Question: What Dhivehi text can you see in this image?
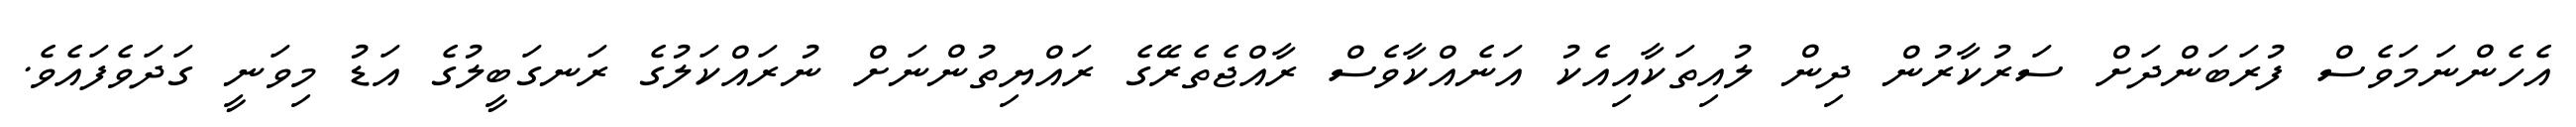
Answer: އެހެންނަމަވެސް ފުރަބަންދަށް ސަރުކާރުން ދިން ލުއިތަކާއިއެކު އަނެއްކާވެސް ރާއްޖެތެރޭގެ ރައްޔިތުންނަށް ނުރައްކަލުގެ ރަނގަބީލުގެ އަޑު މިވަނީ ގަދަވެފައެވެ.